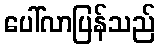
ပေါ်လာပြန်သည်